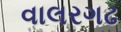
વાલરગઢ